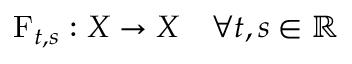
\operatorname { F } _ { t , s } : X \rightarrow X \quad \forall t , s \in \mathbb { R }